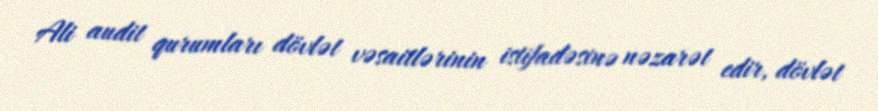
Ali audit qurumları dövlət vəsaitlərinin istifadəsinə nəzarət edir, dövlət